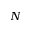
_ N